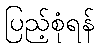
ပြည့်စုံရန်